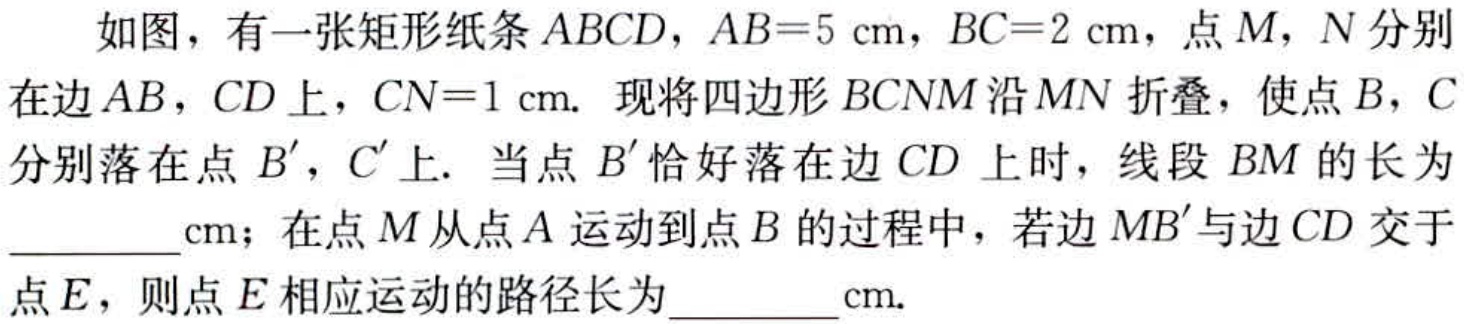
如图，有一张矩形纸条 \(ABCD\)，\(AB = 5\mathrm{cm}\)，\(BC = 2\mathrm{cm}\)，点 \(M\)，\(N\) 分别在边 \(AB\)，\(CD\) 上，\(CN = 1\mathrm{cm}\). 现将四边形 \(BCNM\) 沿 \(MN\) 折叠，使点 \(B\)，\(C\) 分别落在点 \(B'\)，\(C'\) 上. 当点 \(B'\) 恰好落在边 \(CD\) 上时，线段 \(BM\) 的长为 \_\_\_\_\_\(\mathrm{cm}\)；在点 \(M\) 从点 \(A\) 运动到点 \(B\) 的过程中，若边 \(MB'\) 与边 \(CD\) 交于点 \(E\)，则点 \(E\) 相应运动的路径长为 \_\_\_\_\_\(\mathrm{cm}\).